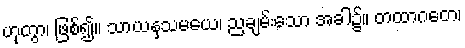
ဟုတွာ၊ ဖြစ်၍။ သာယနှသမယေ၊ ညချမ်းသော အခါ၌။ တထာဂတေ၊